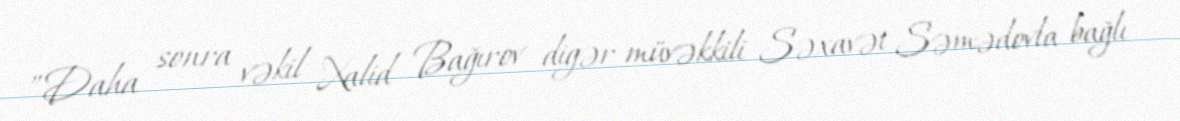
”Daha sonra vəkil Xalid Bağırov digər müvəkkili Səxavət Səmədovla bağlı